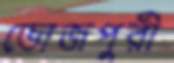
ভোজপুরী